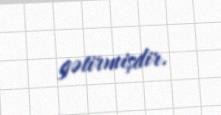
gətirmişdir.